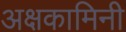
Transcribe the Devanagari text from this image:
अक्षकामिनी